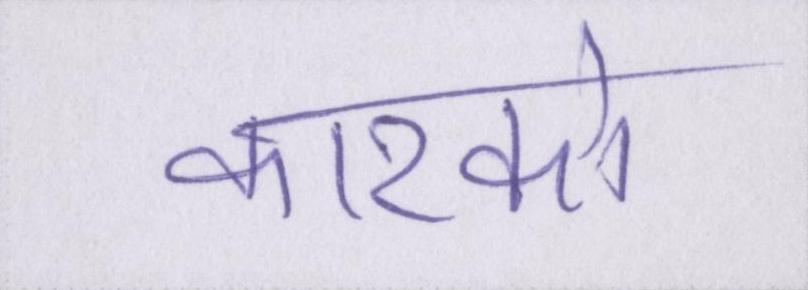
कारको